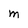
Character: M